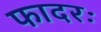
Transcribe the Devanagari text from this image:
फादरः